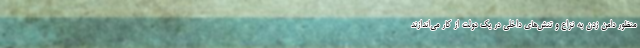
منظور دامن زدن به نزاع و تنش‌های داخلی در یک دولت از کار می‌اندازند